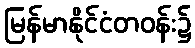
မြန်မာနိုင်ငံတဝန်း၌